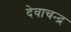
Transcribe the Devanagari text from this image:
देवाचन्द्र